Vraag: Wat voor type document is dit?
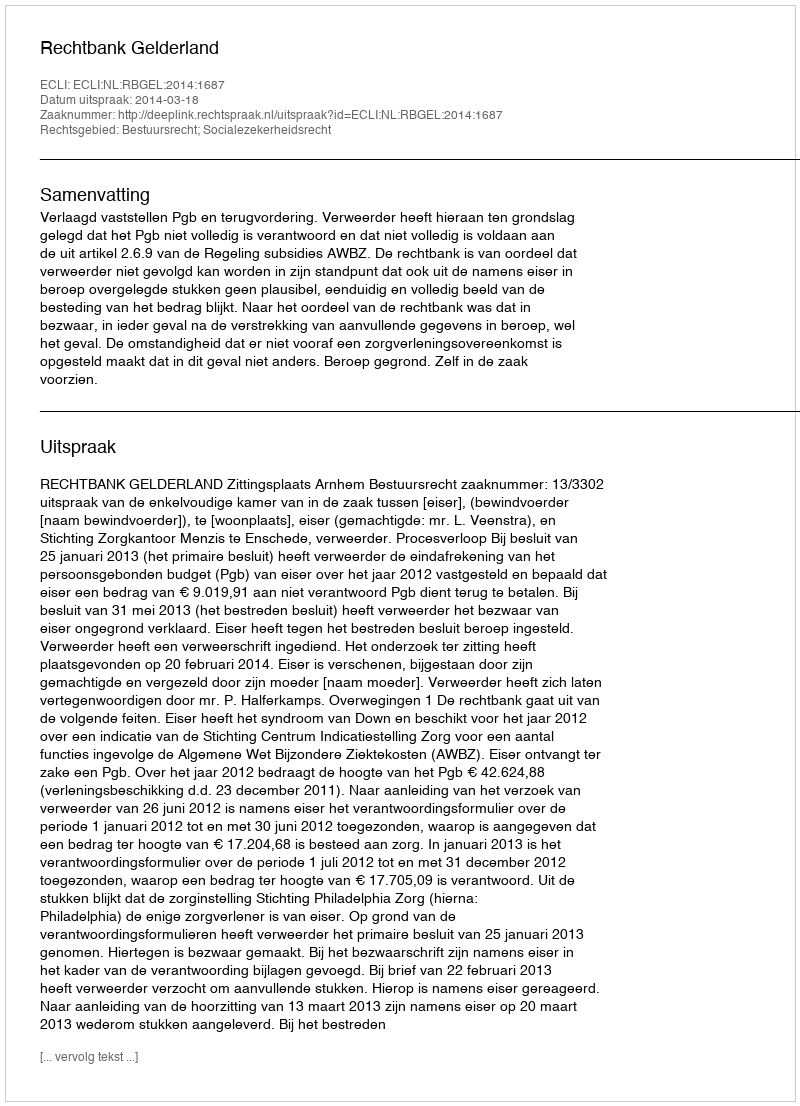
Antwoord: Uitspraak